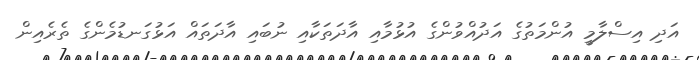
އަދި އިސްލާމީ އުންމަތުގެ އަދުއްވުންގެ އުޅުމާއި އާދަތަކާއި ނުބައި އާދަތައް އަޅުގަނޑުމެންގެ ތެރެއިން